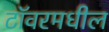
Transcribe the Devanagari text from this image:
टॉवरमधील